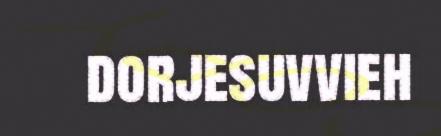
dorjesuvvieh